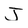
Character: J